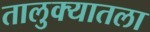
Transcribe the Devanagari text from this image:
तालुक्यातला